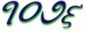
૧૦૭૬